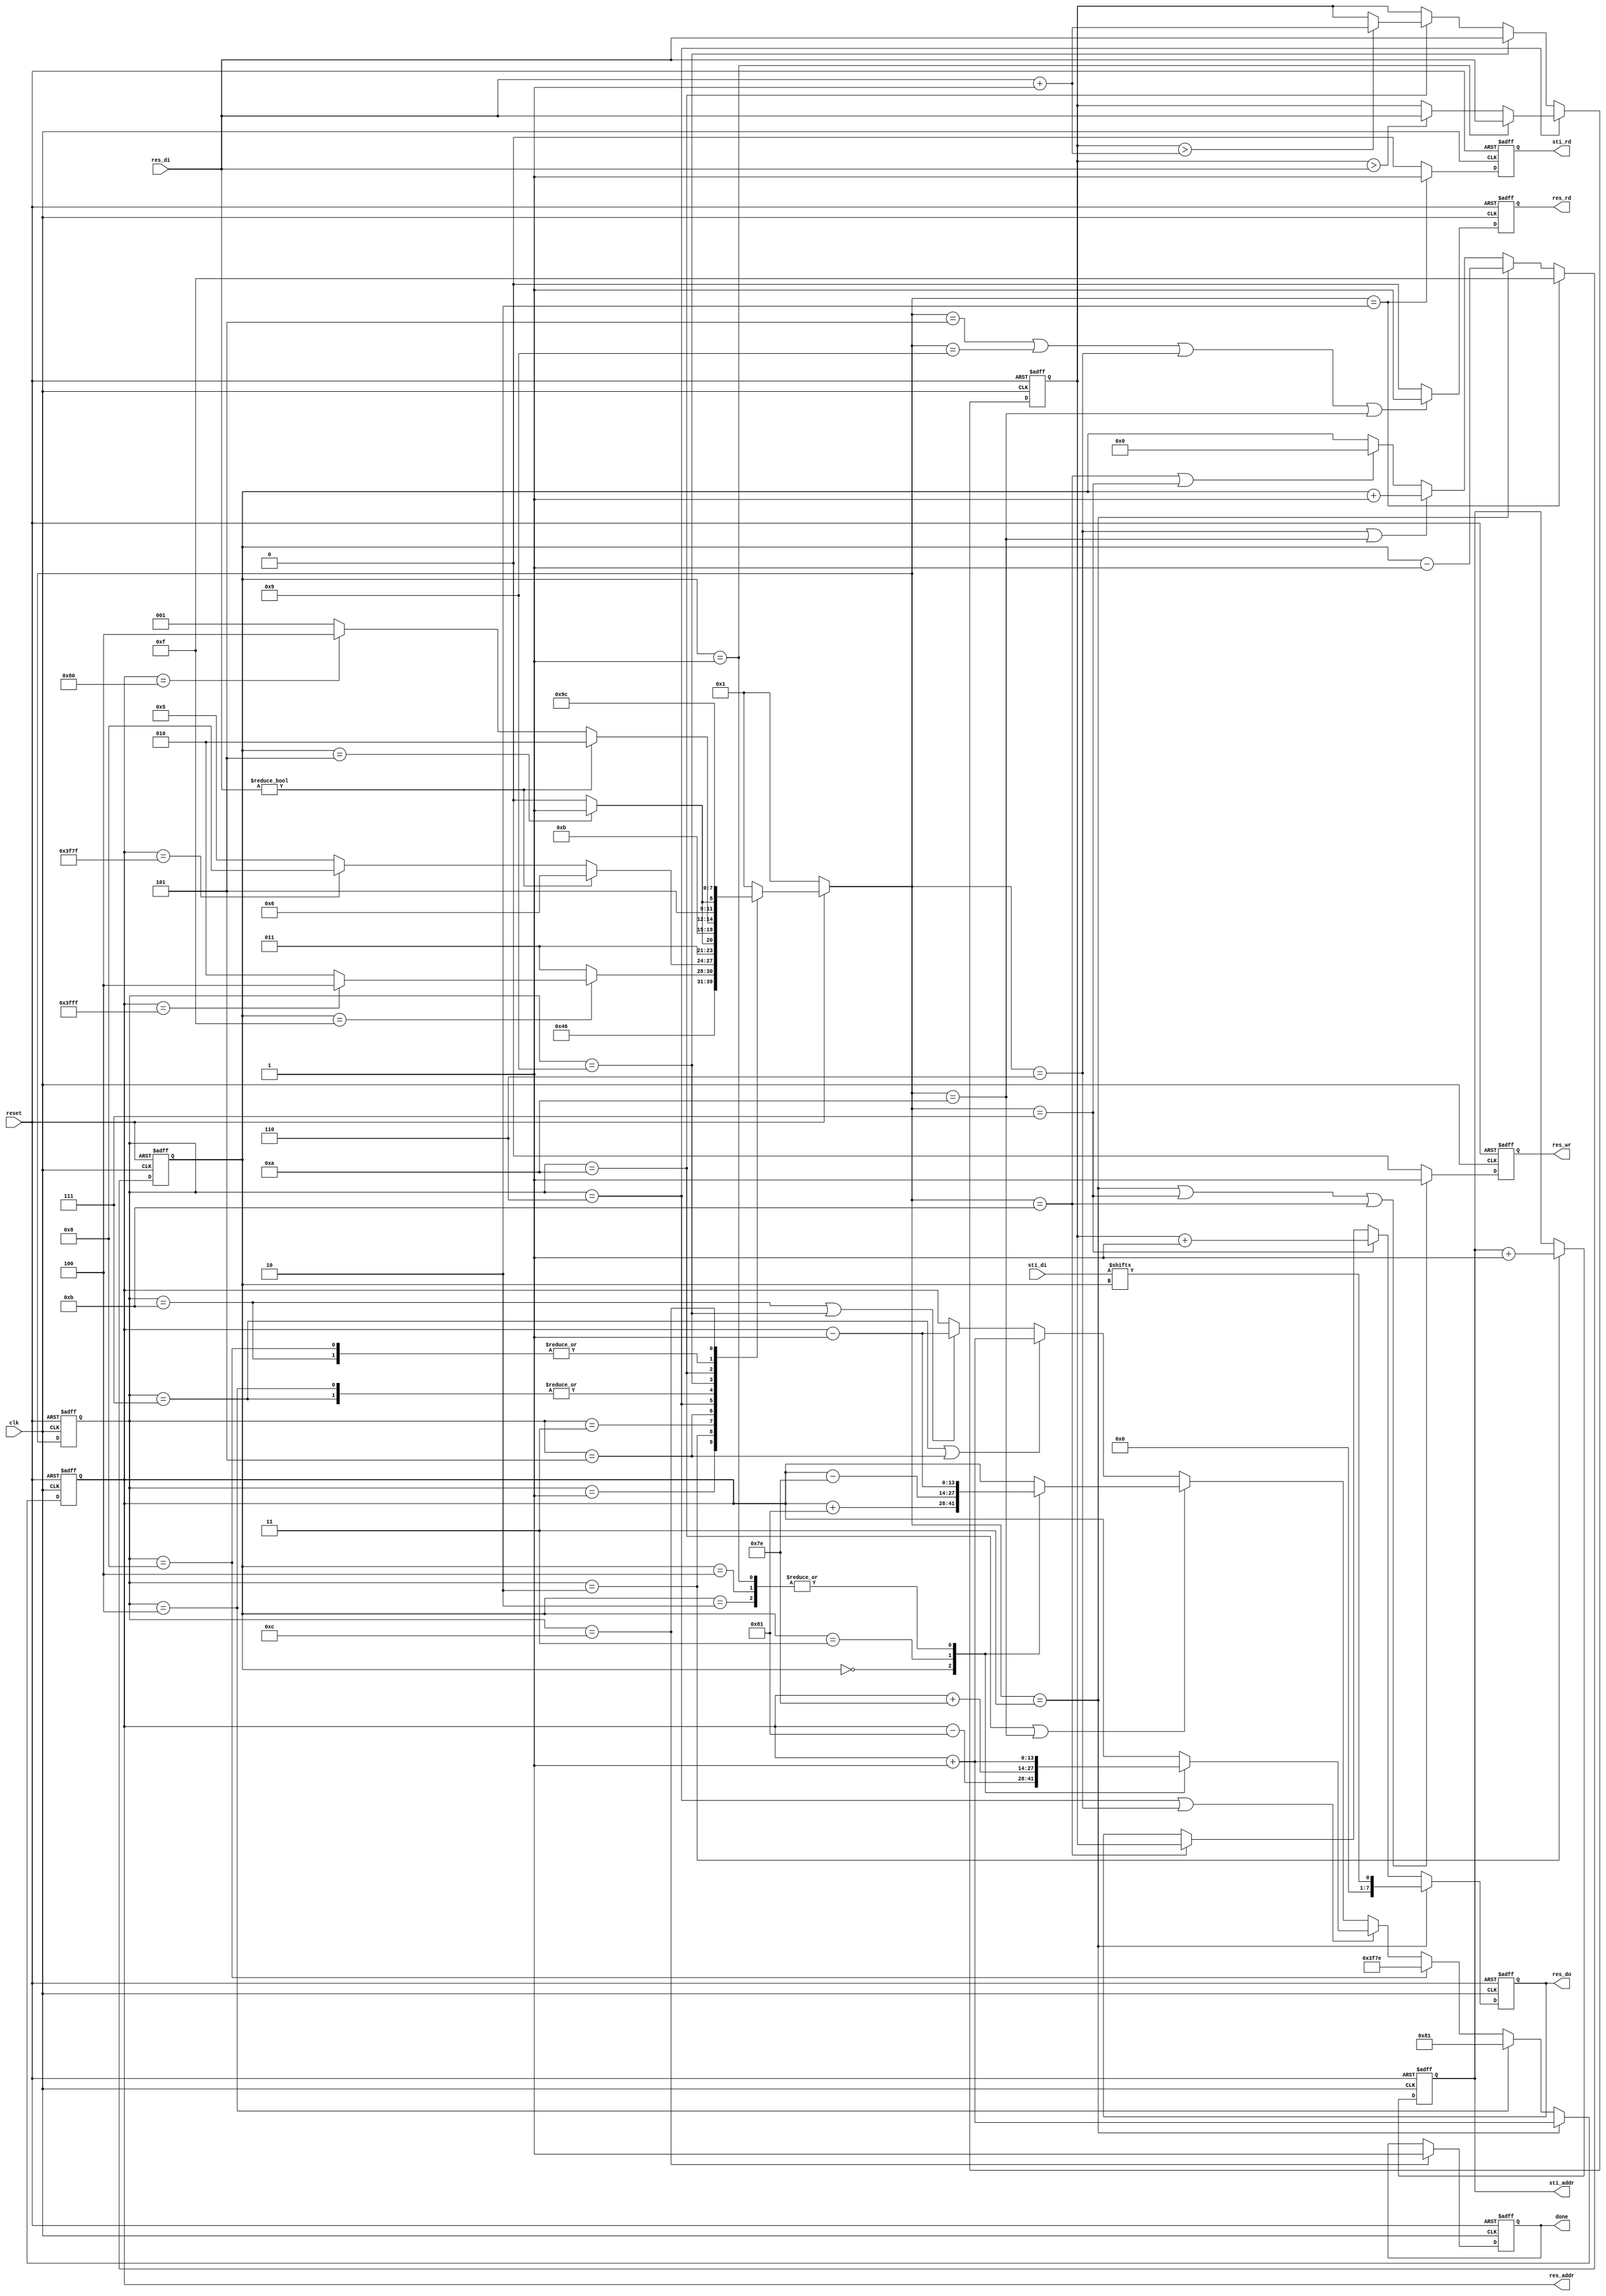
module DT(
	input 					clk, 
	input					reset,
	output	reg				done ,
	output	reg				sti_rd ,
	output	reg 	[9:0]	sti_addr ,
	input			[15:0]	sti_di,
	output	reg				res_wr ,
	output	reg				res_rd ,
	output	reg 	[13:0]	res_addr ,
	output	reg 	[7:0]	res_do,
	input			[7:0]	res_di
	);

reg [3:0] current_state;
reg [3:0] next_state;
reg [7:0] tmp_min;
reg [3:0] counter;
parameter INITIAL = 1;
parameter READ_INIT = 2;
parameter WRITE_INIT = 3;
parameter WRITE_INIT_FINISH = 4; // delay 1 clk

parameter READ_FORWARD = 5; 
parameter FORWARD = 6;
parameter WRITE_FORWARD = 7; 
parameter FORWARD_FINISH = 8;

parameter READ_BACKWARD = 9; 
parameter BACKWARD = 10;
parameter WRITE_BACKWARD = 11;
parameter BACKWARD_FINISH = 12;

wire [7:0] add_one;
assign add_one = res_di +1;

// state register
always @(posedge clk or negedge reset) begin
	if(!reset)
		current_state = INITIAL;
	else 
		current_state = next_state;
end

// next state logic
always @(*) begin
	if(!reset)
		next_state = INITIAL;
	else 
	begin
		case (current_state)
		INITIAL:
			next_state = READ_INIT;
		READ_INIT:
			next_state = WRITE_INIT;
		WRITE_INIT:
		begin
			if(counter == 4'd15)
			begin
				if(res_addr == 14'd16383)
					next_state = WRITE_INIT_FINISH;
				else
					next_state = READ_INIT;
			end
			else
				next_state = WRITE_INIT;
		end
		WRITE_INIT_FINISH:
		begin
			next_state = READ_FORWARD;
		end
		READ_FORWARD:
		begin
			if(res_di)//
				next_state = FORWARD;
			else
			begin
				if(res_addr == 14'd16255) //16383-128 = 16255 //
					next_state = FORWARD_FINISH;
				else 
					next_state = READ_FORWARD;
			end
		end
		FORWARD:
		begin
			if(counter == 4'd5)
				next_state = WRITE_FORWARD;
			else
				next_state = FORWARD;
		end
		WRITE_FORWARD: 
		begin
			next_state = READ_FORWARD;
		end
		FORWARD_FINISH:
		begin
			next_state = READ_BACKWARD;
		end
		READ_BACKWARD:
		begin
			if(res_di)//
				next_state = BACKWARD;
			else
			begin
				if(res_addr == 14'd128)
					next_state = BACKWARD_FINISH;
				else 
					next_state = READ_BACKWARD;
			end
		end
		BACKWARD:
		begin
			if(counter == 4'd5)
				next_state = WRITE_BACKWARD;
			else
				next_state = BACKWARD;
		end
		WRITE_BACKWARD: 
		begin
			next_state = READ_BACKWARD;
		end
		BACKWARD_FINISH:
		begin
			next_state = BACKWARD_FINISH;
		end
		default:
			next_state = INITIAL;
		endcase
	end
end

/* output */
// 	sti_rd
always @(posedge clk or negedge reset) begin
	if(!reset)
		sti_rd <= 0;
	else if(next_state == READ_INIT)
		sti_rd <= 1;
	else
		sti_rd <= 0;
end
// 	sti_addr 
always @(posedge clk or negedge reset) begin
	if(!reset)
		sti_addr <= 0;
	else if(current_state == READ_INIT)
		sti_addr <= sti_addr +1;
end
// 	res_wr 
always @(posedge clk or negedge reset) begin
	if(!reset)
		res_wr <= 0;
	else if(next_state == WRITE_INIT || next_state == WRITE_FORWARD || next_state == WRITE_BACKWARD)
		res_wr <= 1;
	else
		res_wr <= 0;
end
// 	res_rd
always @(posedge clk or negedge reset) begin
	if(!reset)
		res_rd <= 0;
	else if(next_state == READ_FORWARD || next_state == READ_BACKWARD || next_state == FORWARD || next_state == BACKWARD)
		res_rd <= 1;
	else
		res_rd <= 0;
end
// 	res_addr 
always @(posedge clk or negedge reset) begin
	if(!reset)
		res_addr <= 14'd16383;
	else
	begin
		if(next_state == WRITE_INIT)
			res_addr <= res_addr +1;
		else if(current_state == WRITE_INIT_FINISH)
			res_addr <= 14'd129;
		else if(current_state == FORWARD_FINISH)
			res_addr <= 14'd16254;
		else if(current_state == FORWARD || next_state == FORWARD)
		begin
			case (counter)
				4'd0:
					res_addr <= res_addr - 129;//NW
				4'd1:
					res_addr <= res_addr + 1;//N
				4'd2:
					res_addr <= res_addr + 1;//NE
				4'd3:
					res_addr <= res_addr + 126;//W
				4'd4: 
					res_addr <= res_addr + 1;//PXY
			endcase
		end
		else if(current_state == BACKWARD || next_state == BACKWARD)
		begin
			case (counter)
				4'd0:
					res_addr <= res_addr + 129;//SE
				4'd1:
					res_addr <= res_addr - 1;//S
				4'd2:
					res_addr <= res_addr - 1;//SW
				4'd3:
					res_addr <= res_addr - 126;//E
				4'd4: 
					res_addr <= res_addr - 1;//PXY
			endcase
		end
		else if(current_state == WRITE_FORWARD || current_state == READ_FORWARD)
			res_addr <= res_addr +1;
		else if(current_state == WRITE_BACKWARD || current_state == READ_BACKWARD)
			res_addr <= res_addr -1;
	end
end
// 	res_do
always @(posedge clk or negedge reset) begin
	if(!reset)
		res_do <= 0;
	else
	begin
		if(next_state == WRITE_INIT)
			res_do <= sti_di[counter];
		else if(next_state == WRITE_FORWARD)
			res_do <= tmp_min +1;
		else if(next_state == WRITE_BACKWARD)
			res_do <= tmp_min;
	end
end
// 	done
always @(posedge clk or negedge reset) begin
	if(!reset)
		done <= 0;
	else if(current_state == BACKWARD_FINISH)
		done <= 1;
end

/* datapath */
// counter
always @(posedge clk or negedge reset) begin
	if(!reset)
	begin
		counter <= 4'd15;
	end
	else
	begin
		if(next_state == READ_INIT )
			counter <= 4'd15;
		else if(next_state == WRITE_INIT)
			counter <= counter - 1;//high byte to low byte
		else if(next_state == FORWARD || next_state == BACKWARD)
			counter <= counter + 1;
		else  if(next_state == WRITE_BACKWARD || next_state == WRITE_FORWARD)
			counter <= 0;
	end
end

//tmp_min
always @(posedge clk or negedge reset) begin
	if(!reset)
		tmp_min <= 0;
	else
	begin
		if(current_state == FORWARD)
		begin
			if(counter == 1)
				tmp_min <= res_di;
			else if(tmp_min > res_di)
				tmp_min <= res_di;
		end
		else if(current_state == READ_BACKWARD)//pxy
			tmp_min <= res_di;
		else if(current_state == BACKWARD)
		begin
			if(tmp_min > add_one )
				tmp_min <= add_one;
		end
	end
end

endmodule